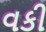
વકી